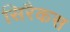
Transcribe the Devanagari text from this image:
सिरैकस